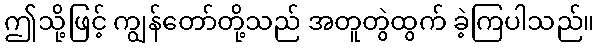
ဤသို့ဖြင့် ကျွန်တော်တို့သည် အတူတွဲထွက် ခဲ့ကြပါသည်။